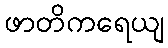
ဖာတိကရေယျ